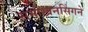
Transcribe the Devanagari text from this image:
समोखनसिंगने